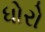
ધોરો